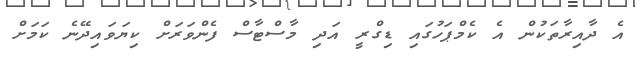
އެ ދާއިރާތަކުން އެ ކެމްޕަހުގައި ޑިގްރީ އަދި މާސްޓާސް ފެންވަރަށް ކިޔަވައިދޭނެ ކަމަށް